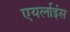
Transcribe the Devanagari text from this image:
एयर्लाइंस